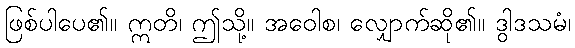
ဖြစ်ပါပေ၏။ ဣတိ၊ ဤသို့။ အဝေါစ၊ လျှောက်ဆို၏။ ဒွါဒသမံ၊